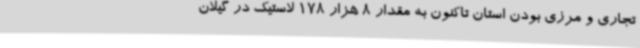
تجاری و مرزی بودن استان تاکنون به مقدار 8 هزار 178 لاستیک در گیلان